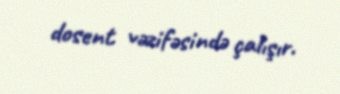
dosent vəzifəsində çalışır.